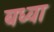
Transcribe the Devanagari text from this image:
बध्वा